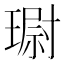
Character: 𮴮